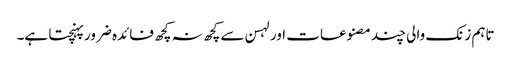
تاہم زنک والی چند مصنوعات اور لہسن سے کچھ نہ کچھ فائدہ ضرور پہنچتا ہے۔